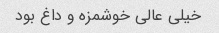
خیلی عالی خوشمزه و داغ بود